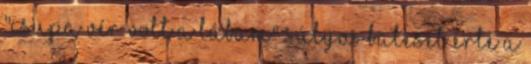
"Csupa vér volt a lábam" Súlyos baleset érte a